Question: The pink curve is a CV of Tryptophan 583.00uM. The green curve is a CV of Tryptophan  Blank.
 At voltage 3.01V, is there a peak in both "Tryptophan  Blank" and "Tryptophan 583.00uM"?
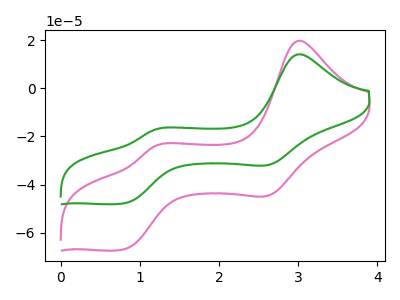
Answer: <think>The pink curve "Tryptophan 583.00uM" has anodic peaks at (3.00V, 19.70uA) (1.20V, -23.95uA) and cathodic peaks at (2.60V, -44.45uA) (0.80V, -66.90uA). The green curve "Tryptophan  Blank" has anodic peaks at (3.00V, 14.10uA) (1.20V, -17.15uA) and cathodic peaks at (2.60V, -31.75uA) (0.80V, -47.80uA).</think>
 <answer>Yes, "Tryptophan  Blank" and "Tryptophan 583.00uM" share a peak at 3.01V.</answer>
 <eval>match</eval>